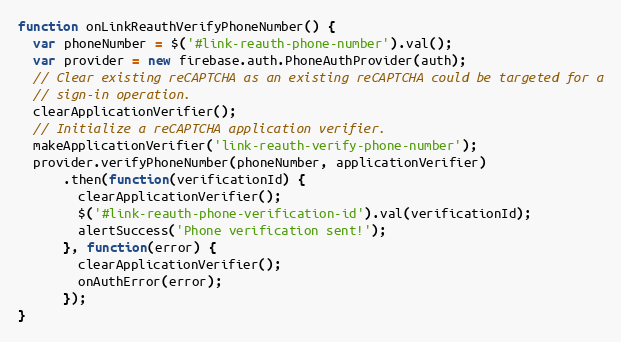
Language: JavaScript
function onLinkReauthVerifyPhoneNumber() {
  var phoneNumber = $('#link-reauth-phone-number').val();
  var provider = new firebase.auth.PhoneAuthProvider(auth);
  // Clear existing reCAPTCHA as an existing reCAPTCHA could be targeted for a
  // sign-in operation.
  clearApplicationVerifier();
  // Initialize a reCAPTCHA application verifier.
  makeApplicationVerifier('link-reauth-verify-phone-number');
  provider.verifyPhoneNumber(phoneNumber, applicationVerifier)
      .then(function(verificationId) {
        clearApplicationVerifier();
        $('#link-reauth-phone-verification-id').val(verificationId);
        alertSuccess('Phone verification sent!');
      }, function(error) {
        clearApplicationVerifier();
        onAuthError(error);
      });
}